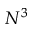
N ^ { 3 }